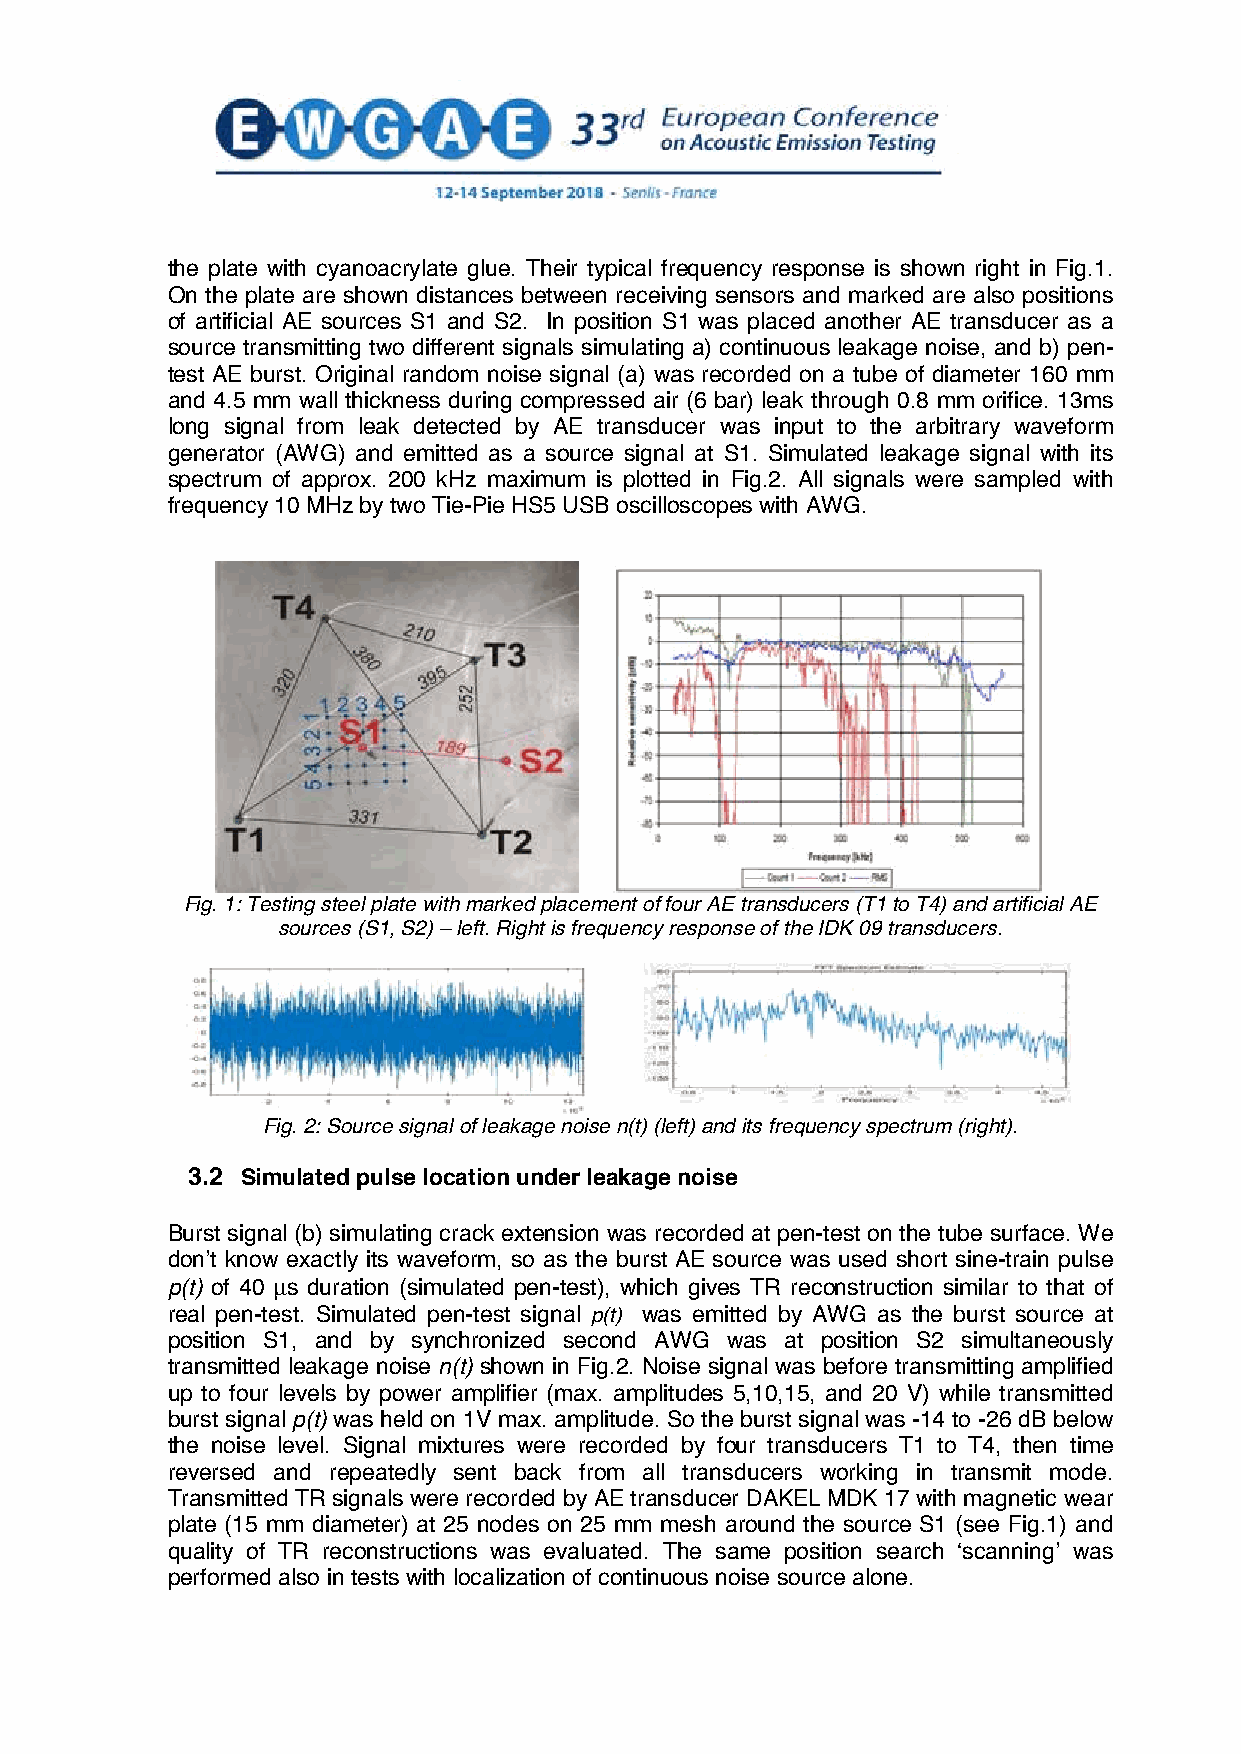
the plate with cyanoacrylate glue. Their typical frequency response is shown right in Fig.1.
 On the plate are shown distances between receiving sensors and marked are also positions
 of artificial AE sources S1 and S2. In position S1 was placed another AE transducer as a
 source transmitting two different signals simulating a) continuous leakage noise, and b) pen-
 test AE burst. Original random noise signal (a) was recorded on a tube of diameter 160 mm
 and 4.5 mm wall thickness during compressed air (6 bar) leak through 0.8 mm orifice. 13ms
 long signal from leak detected by AE transducer was input to the arbitrary waveform
 generator (AWG) and emitted as a source signal at S1. Simulated leakage signal with its
 spectrum of approx. 200 kHz maximum is plotted in Fig.2. All signals were sampled with
 frequency 10 MHz by two Tie-Pie HS5 USB oscilloscopes with AWG.
 Fig. 1: Testing steel plate with marked placement of four AE transducers (T1 to T4) and artificial AE
 sources (S1, S2) – left. Right is frequency response of the IDK 09 transducers.
 Fig. 2: Source signal of leakage noise n(t) (left) and its frequency spectrum (right).
 3.2 Simulated pulse location under leakage noise
 Burst signal (b) simulating crack extension was recorded at pen-test on the tube surface. We
 donʼt know exactly its waveform, so as the burst AE source was used short sine-train pulse
 p(t) of 40 µs duration (simulated pen-test), which gives TR reconstruction similar to that of
 real pen-test. Simulated pen-test signal p(t) was emitted by AWG as the burst source at
 position S1, and by synchronized second AWG was at position S2 simultaneously
 transmitted leakage noise n(t) shown in Fig.2. Noise signal was before transmitting amplified
 up to four levels by power amplifier (max. amplitudes 5,10,15, and 20 V) while transmitted
 burst signal p(t) was held on 1V max. amplitude. So the burst signal was -14 to -26 dB below
 the noise level. Signal mixtures were recorded by four transducers T1 to T4, then time
 reversed and repeatedly sent back from all transducers working in transmit mode.
 Transmitted TR signals were recorded by AE transducer DAKEL MDK 17 with magnetic wear
 plate (15 mm diameter) at 25 nodes on 25 mm mesh around the source S1 (see Fig.1) and
 quality of TR reconstructions was evaluated. The same position search ʻscanningʼ was
 performed also in tests with localization of continuous noise source alone.
 4